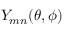
Y _ { m n } ( \theta , \phi )